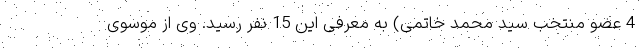
4 عضو منتخب سید محمد خاتمی) به معرفی این 15 نفر رسید. وی از موسوی